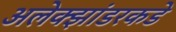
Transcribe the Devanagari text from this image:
अलेक्झांडरकडे